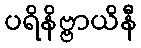
ပရိနိဗ္ဗာယိနီ